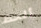
ألحظ